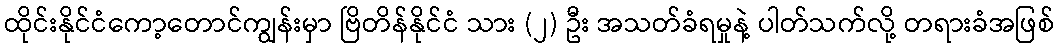
ထိုင်းနိုင်ငံကော့တောင်ကျွန်းမှာ ဗြိတိန်နိုင်ငံ သား (၂) ဦး အသတ်ခံရမှုနဲ့ ပါတ်သက်လို့ တရားခံအဖြစ်